Civil Veterinary Dept. Assam report 1927-50 - 1927-1950
Year: 1927
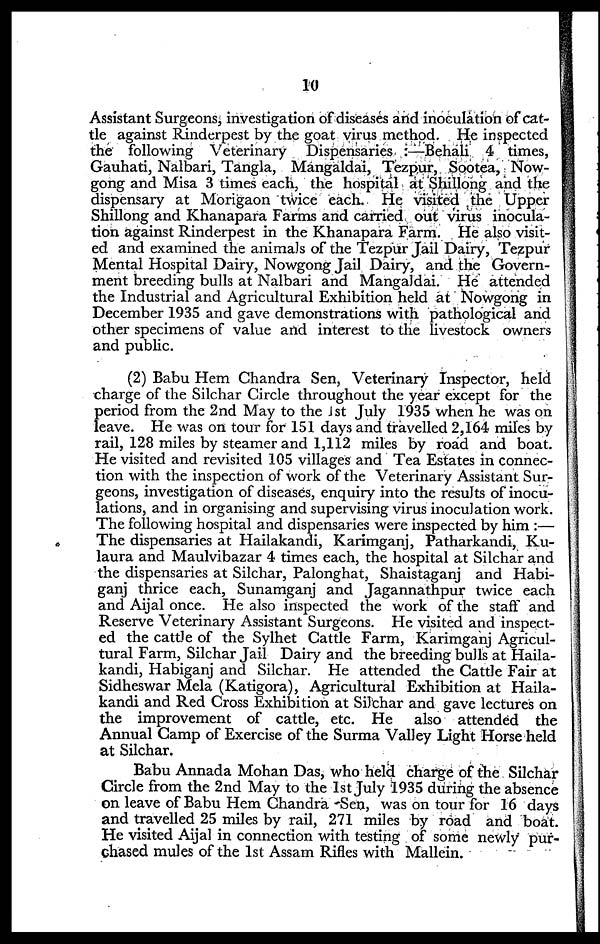
10
Assistant Surgeons, investigation of diseases and inoculation of cat-
tle against Rinderpest by the goat virus method. He inspected
the following Veterinary Dispensaries :—Behali 4 times,
Gauhati, Nalbari, Tangla, Mangaldai, Tezpur, Sootea, Now-
gong and Misa 3 times each, the hospital at Shillong and the
dispensary at Morigaon twice each. He visited the Upper
Shillong and Khanapara Farms and carried out virus inocula-
tion against Rinderpest in the Khanapara Farm. He also visit-
ed and examined the animals of the Tezpur Jail Dairy, Tezpur
Mental Hospital Dairy, Nowgong Jail Dairy, and the Govern-
ment breeding bulls at Nalbari and Mangaldai. He attended
the Industrial and Agricultural Exhibition held at Nowgong in
December 1935 and gave demonstrations with pathological and
other specimens of value and interest to the livestock owners
and public.
(2) Babu Hem Chandra Sen, Veterinary Inspector, held
charge of the Silchar Circle throughout the year except for the
p eriod from the 2nd May to the 1st July 1935 when he was on
leave. He was on tour for 151 days and travelled 2,164 miles by
rail, 128 miles by steamer and 1,112 miles by road and boat.
He visited and revisited 105 villages and Tea Estates in connec-
tion with the inspection of work of the Veterinary Assistant Sur-
geons, investigation of diseases, enquiry into the results of inocu-
lations, and in organising and supervising virus inoculation work.
The following hospital and dispensaries were inspected by him :—
The dispensaries at Hailakandi, Karimganj, Patharkandi, Ku-
laura and Maulvibazar 4 times each, the hospital at Silchar and
the dispensaries at Silchar, Palonghat, Shaistaganj and Habi-
ganj thrice each, Sunamganj and Jagannathpur twice each
and Aijal once. He also inspected the work of the staff and
Reserve Veterinary Assistant Surgeons. He visited and inspect-
ed the cattle of the Sylhet Cattle Farm, Karimganj Agricul-
tural Farm, Silchar Jail Dairy and the breeding bulls at Haila-
kandi, Habiganj and Silchar. He attended the Cattle Fair at
Sidheswar Mela (Katigora), Agricultural Exhibition at Haila-
kandi and Red Cross Exhibition at Silchar and gave lectures on
the improvement of cattle, etc. He also attended the
Annual Camp of Exercise of the Surma Valley Light Horse held
at Silchar.
Babu Annada Mohan Das, who held charge of the Silchar
Circle from the 2nd May to the 1st July 1935 during the absence
on leave of Babu Hem Chandra Sen, was on tour for 16 days
and travelled 25 miles by rail, 271 miles by road and boat.
He visited Aijal in connection with testing of some newly pur-
chased mules of the 1st Assam Rifles with Mallein.